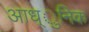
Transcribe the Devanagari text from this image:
आध्ुनिक